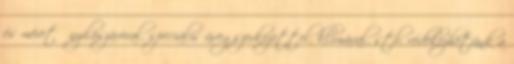
és méretű nyílászáróval, speciális üvegszerkezettel, klímával, stb. védekezhetünk a